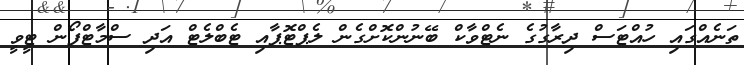
ތަނެއްގައި ހުއްޓަސް ދިރާގުގެ ނެޓްވާކް ބޭނުންކޮށްގެން ލެޕްޓޮޕާއި ޓެބްލެޓް އަދި ސްމާޓްފޯން ޓީވީ